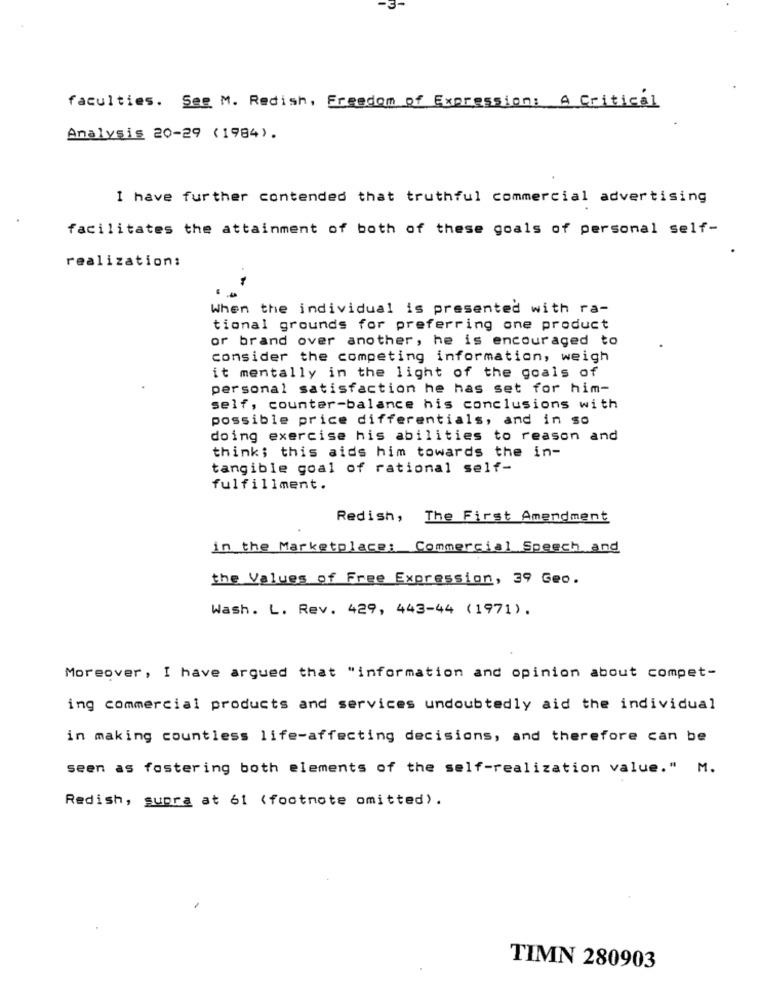
faculties. See M. Redish, Freedom of Expression: A Critical
Analysis 20-29 (1984) .
I have further contended that truthful commercial advertising
facilitates the attainment of both of these goals of personal self-
realization:
When the individual is presented with ra-
tional grounds for preferring one product
or brand over another, he is encouraged to
consider the competing information, weigh
it mentally in the light of the goals of
personal satisfaction he has set for him-
self, counter-balance his conclusions with
possible price differentials, and in so
doing exercise his abilities to reason and
think; this aids him towards the in-
tangible goal of rational self-
fulfillment.
Redish, The First Amendment
in the Marketplace: Commercial Speech and
the Values of Free Expression, 39 Geo.
Wash. L. Rev. 429, 443-44 (1971).
Moreover, I have argued that "information and opinion about compet-
ing commercial products and services undoubtedly aid the individual
in making countless life-affecting decisions, and therefore can be
seen as fostering both elements of the self-realization value." M.
Redish, supra at 61 (footnote omitted) .
TIMN 280903